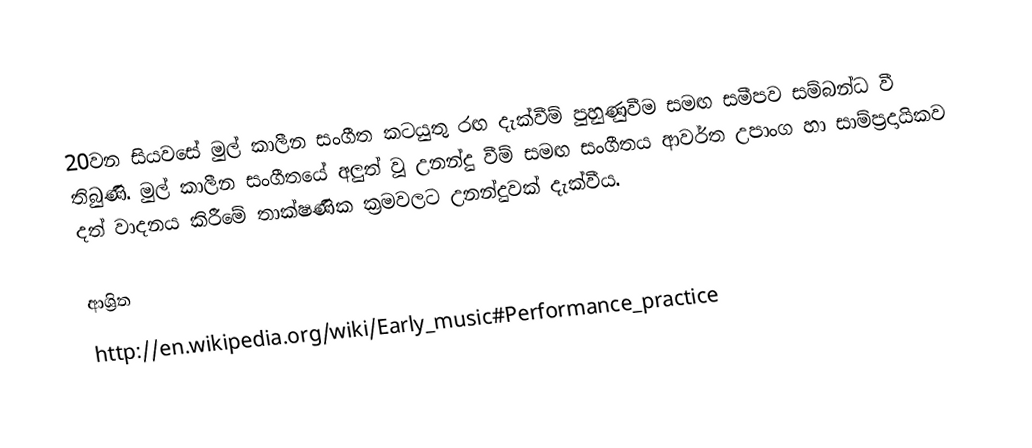
20වන සියවසේ මුල් කාලීන සංගීත කටයුතු රඟ දැක්වීම් පුහුණුවීම සමඟ සමීපව සම්බන්ධ වී තිබුණි. මුල් කාලීන සංගීතයේ අලුත් වූ උනන්දු වීම් සමඟ සංගීතය ආවර්ත උපාංග හා සාම්ප්‍රදායිකව දත් වාදනය කිරීමේ තාක්ෂණික ක්‍රමවලට උනන්දුවක් දැක්වීය.

ආශ්‍රිත
http://en.wikipedia.org/wiki/Early_music#Performance_practice